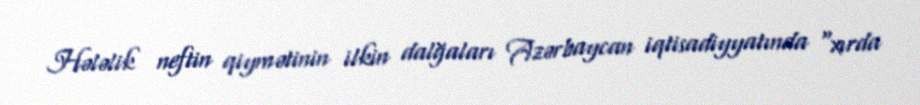
Hələlik neftin qiymətinin ilkin dalğaları Azərbaycan iqtisadiyyatında “xırda